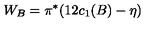
W _ { B } = \pi ^ { * } ( 1 2 c _ { 1 } ( B ) - \eta )